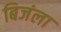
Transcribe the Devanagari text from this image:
बिजंला